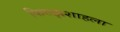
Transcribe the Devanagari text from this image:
फिरुझशाहला